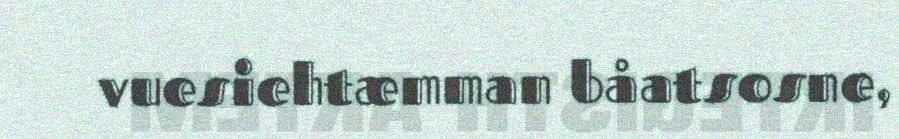
vuesiehtæmman båatsosne,